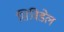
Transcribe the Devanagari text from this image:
सिविडेल